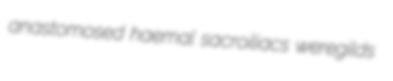
anastomosed haemal sacroiliacs weregilds